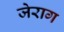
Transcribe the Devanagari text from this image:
जेराग